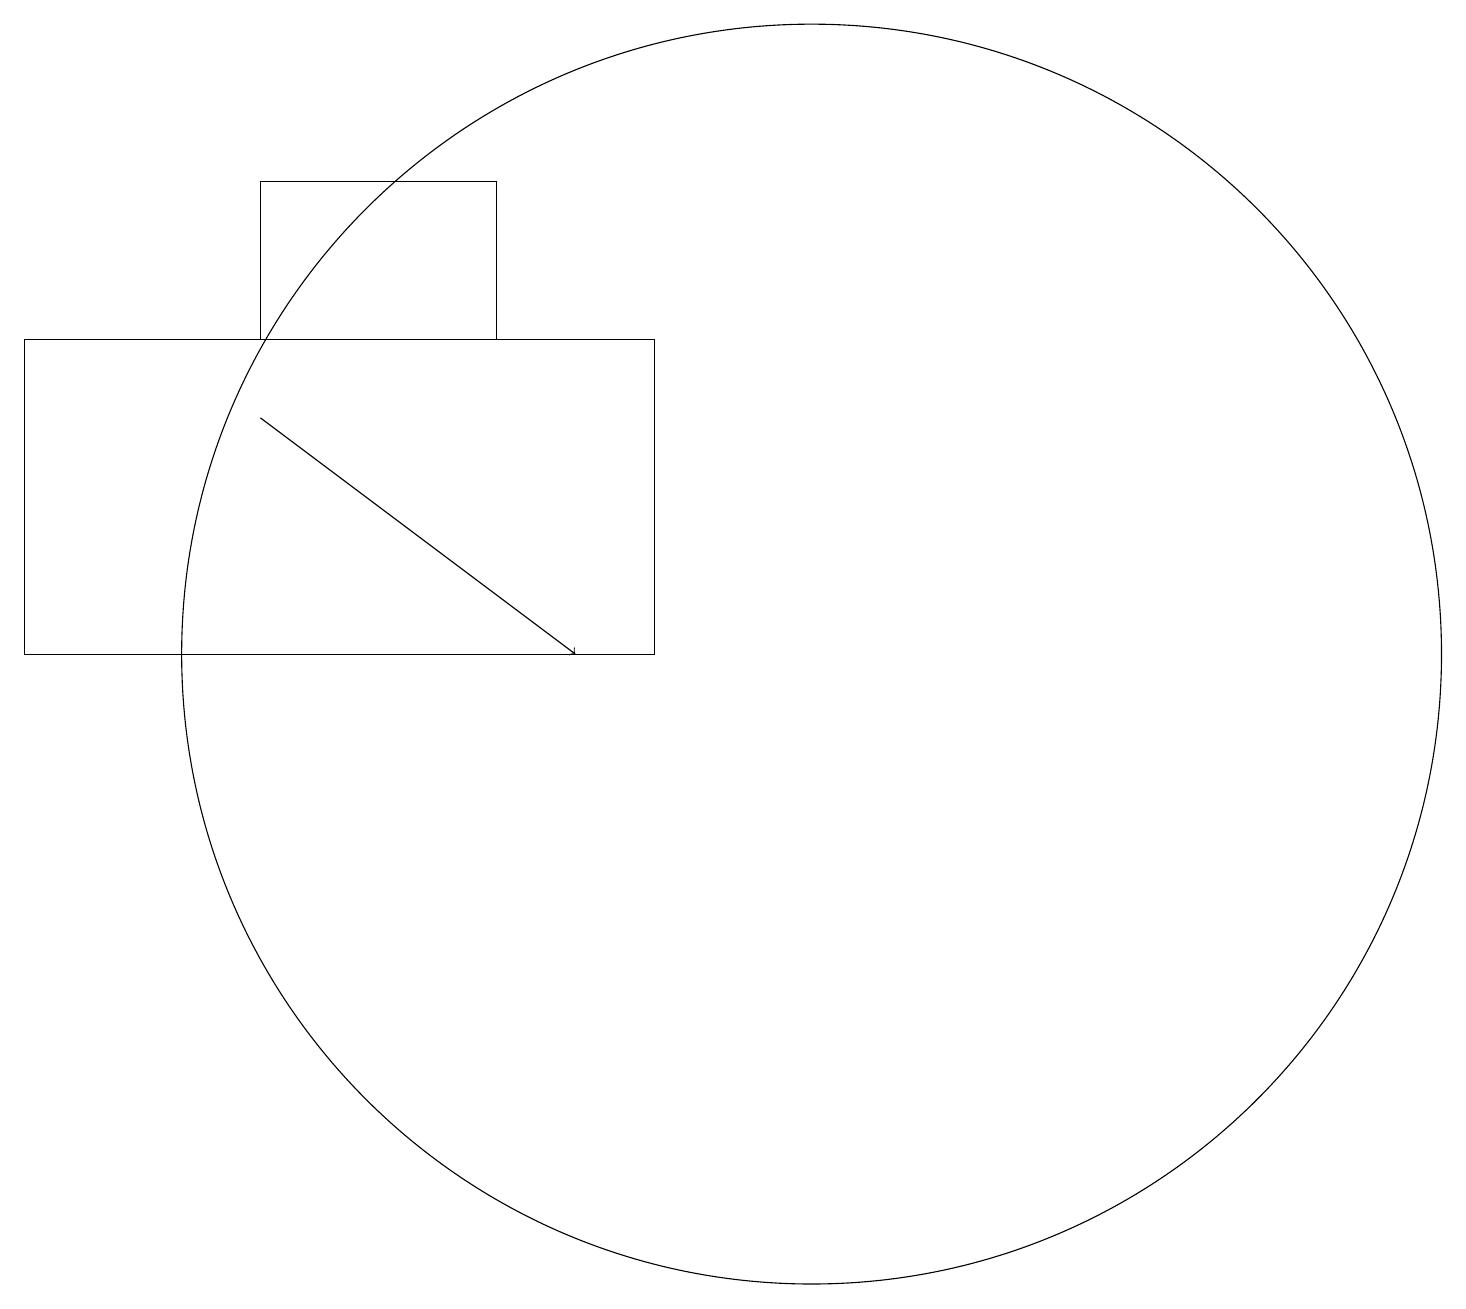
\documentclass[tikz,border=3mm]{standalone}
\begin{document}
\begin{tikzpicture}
\draw[->] (4,14) -- (8,11);
\draw (11,11) circle (8);
\draw (7,17) rectangle (4,15);
\draw (9,15) rectangle (1,11);
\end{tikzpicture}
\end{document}